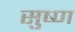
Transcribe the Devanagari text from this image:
सुष्ण